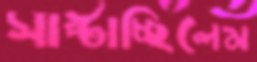
সাপ্‌টাচ্ছিলেম